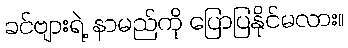
ခင်ဗျားရဲ့ နာမည်ကို ပြောပြနိုင်မလား။